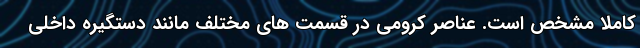
کاملا مشخص است. عناصر کرومی در قسمت های مختلف مانند دستگیره داخلی